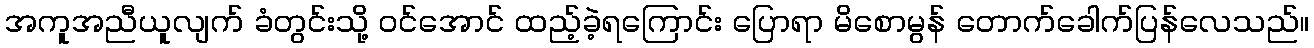
အကူအညီယူလျက် ခံတွင်းသို့ ဝင်အောင် ထည့်ခဲ့ရကြောင်း ပြောရာ မိစောမွန် တောက်ခေါက်ပြန်လေသည်။